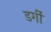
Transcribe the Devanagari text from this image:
डर्गी